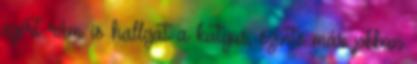
ezért rám is hallgat a kutyus, szinte már jobban